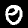
Label: 0